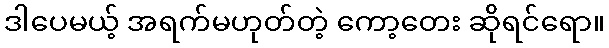
ဒါပေမယ့် အရက်မဟုတ်တဲ့ ကော့တေး ဆိုရင်ရော။